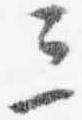
三